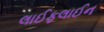
લાઈફલાઈન